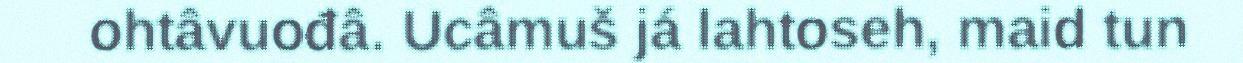
ohtâvuođâ. Ucâmuš já lahtoseh, maid tun